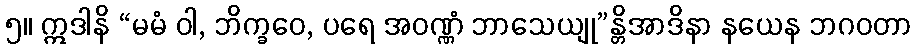
၅။ ဣဒါနိ “မမံ ဝါ, ဘိက္ခဝေ, ပရေ အဝဏ္ဏံ ဘာသေယျု”န္တိအာဒိနာ နယေန ဘဂဝတာ